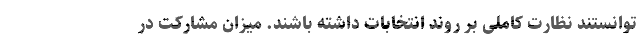
توانستند نظارت کاملی بر روند انتخابات داشته باشند. میزان مشارکت در